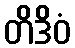
တိဒိဝံ